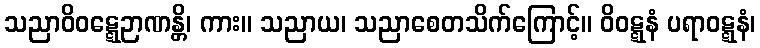
သညာဝိဝဋ္ဋေဉာဏန္တိ၊ ကား။ သညာယ၊ သညာစေတသိက်ကြောင့်။ ဝိဝဋ္ဋနံ ပရာဝဋ္ဋနံ၊